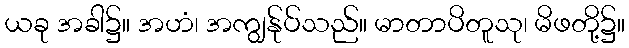
ယခု အခါ၌။ အဟံ၊ အကျွန်ုပ်သည်။ မာတာပိတူသု၊ မိဖတို့၌။